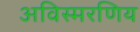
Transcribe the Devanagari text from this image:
अविस्मरणिय